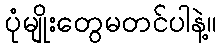
ပုံမျိုးတွေမတင်ပါနဲ့။